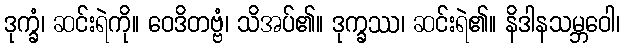
ဒုက္ခံ၊ ဆင်းရဲကို။ ဝေဒိတဗ္ဗံ၊ သိအပ်၏။ ဒုက္ခဿ၊ ဆင်းရဲ၏။ နိဒါနသမ္ဘဝေါ၊